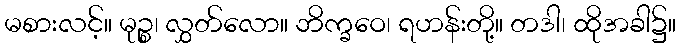
မစားလင့်။ မုဉ္စ၊ လွှတ်လော။ ဘိက္ခဝေ၊ ရဟန်းတို့။ တဒါ၊ ထိုအခါ၌။